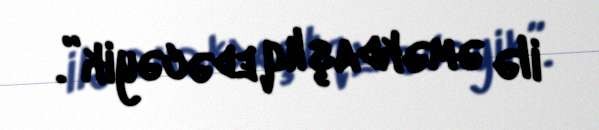
ilə əməkdaşlıq edəcəyik”.